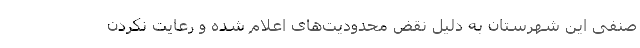
صنفی این شهرستان به دلیل نقض محدودیت‌های اعلام شده و رعایت نکردن